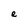
Character: e